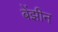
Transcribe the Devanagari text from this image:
बेंझीन